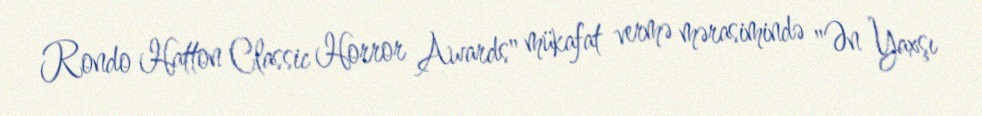
Rondo Hatton Classic Horror Awards" mükafat vermə mərasimində "Ən Yaxşı